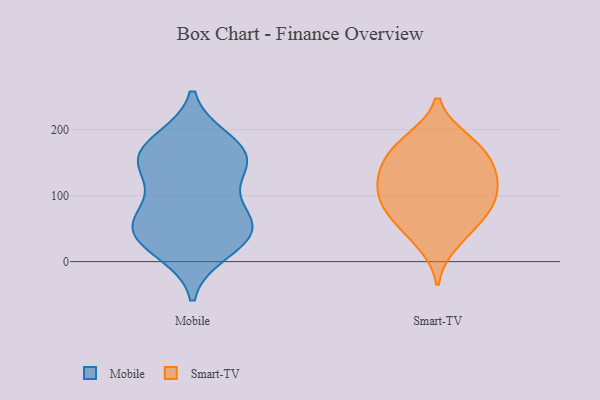
{"axis": {"x": "Website Visitors", "y": "Value"}, "legend": ["Mobile", "Smart-TV"], "data": [{"x": "", "y": 157, "type": "Mobile"}, {"x": "", "y": 33, "type": "Mobile"}, {"x": "", "y": 17, "type": "Mobile"}, {"x": "", "y": 47, "type": "Mobile"}, {"x": "", "y": 149, "type": "Mobile"}, {"x": "", "y": 52, "type": "Mobile"}, {"x": "", "y": 44, "type": "Mobile"}, {"x": "", "y": 174, "type": "Mobile"}, {"x": "", "y": 77, "type": "Mobile"}, {"x": "", "y": 182, "type": "Mobile"}, {"x": "", "y": 134, "type": "Mobile"}, {"x": "", "y": 155, "type": "Mobile"}, {"x": "", "y": 73, "type": "Mobile"}, {"x": "", "y": 113, "type": "Smart-TV"}, {"x": "", "y": 86, "type": "Smart-TV"}, {"x": "", "y": 164, "type": "Smart-TV"}, {"x": "", "y": 25, "type": "Smart-TV"}, {"x": "", "y": 56, "type": "Smart-TV"}, {"x": "", "y": 91, "type": "Smart-TV"}, {"x": "", "y": 151, "type": "Smart-TV"}, {"x": "", "y": 130, "type": "Smart-TV"}, {"x": "", "y": 144, "type": "Smart-TV"}, {"x": "", "y": 120, "type": "Smart-TV"}, {"x": "", "y": 187, "type": "Smart-TV"}, {"x": "", "y": 185, "type": "Smart-TV"}, {"x": "", "y": 58, "type": "Smart-TV"}, {"x": "", "y": 88, "type": "Smart-TV"}]}